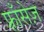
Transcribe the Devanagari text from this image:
फ़्राँसेज़